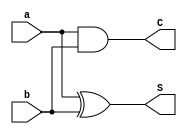
module half_adder_behavioral(
    input a, b,
    output reg S,
    output reg C
);
    always @(a or b) begin 
        S = a ^ b;
        C = a & b;
    end
endmodule